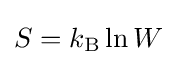
S=k_{\text{B}}\ln W